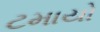
ટમાયો